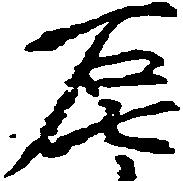
石